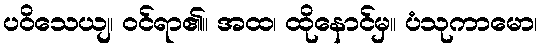
ပဝိသေယျ၊ ဝင်ရာ၏။ အထ၊ ထိုနောင်မှ။ ပံသုကာမော၊